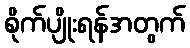
စိုက်ပျိုးရန်အတွက်